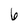
Character: 6